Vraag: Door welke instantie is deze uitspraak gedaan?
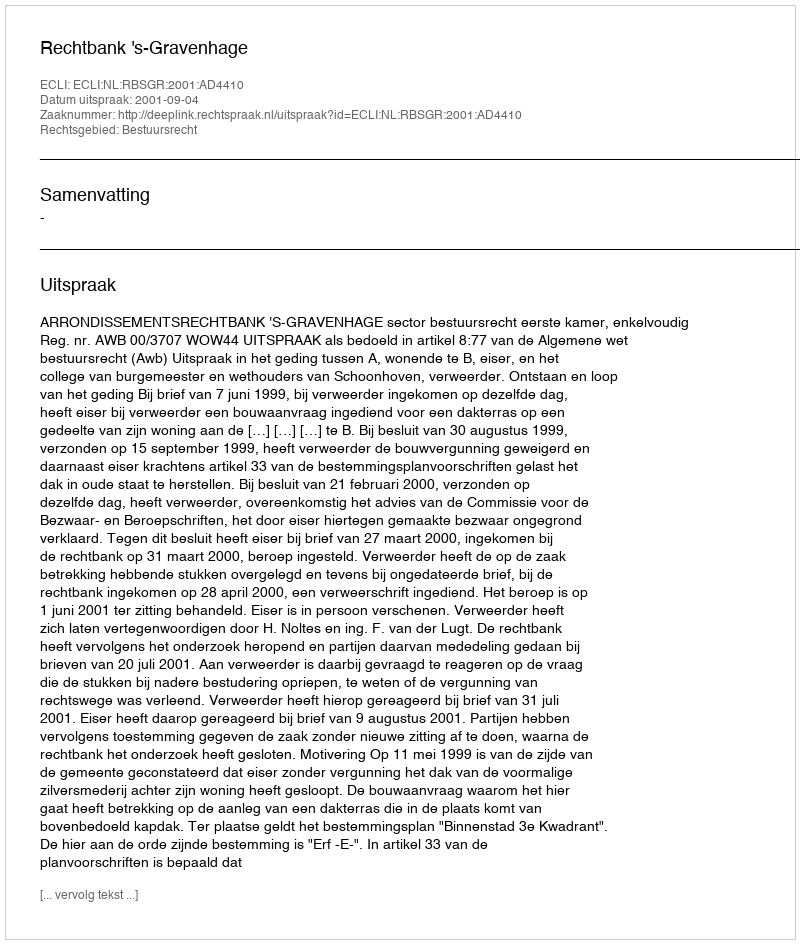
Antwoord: Rechtbank 's-Gravenhage